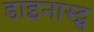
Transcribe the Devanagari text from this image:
डाइनास्ट्स